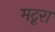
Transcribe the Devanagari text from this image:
मटूरा